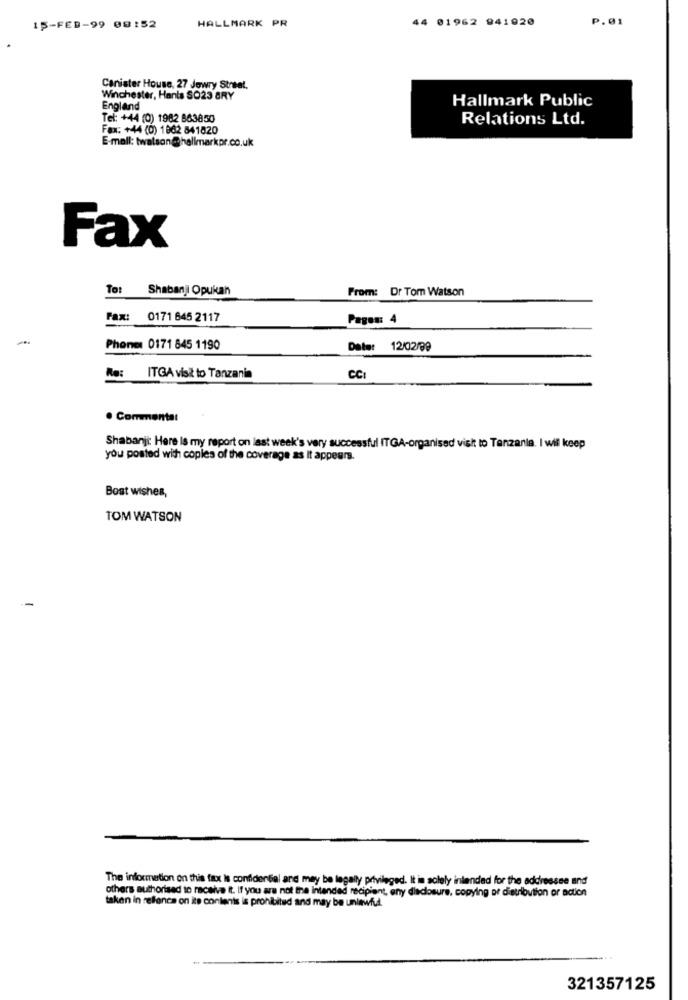
HALLMARK PR
44 01962 941920
P.01
IŞ-FEB-99 09:52
Canister House, 27 Jewry Street.
Winchester, Hants SO23 BRY
Hallmark Public
England
Tel: +44 (0) 1982 863850
Relations Ltd.
Fax: +44 (0) 1862 841820
E-mail: twatson @hallmarkpr.co.uk
Fax
To: Shabanjl Opukan
From: Dr Tom Watson
Fax:
0171 645 2117
Pages: 4
-
Phone: 0171 845 1190
Date: 12/02/99
Re: ITGA visit to Tanzania
CCI
· Commenta:
Shabanji: Here Is my report on last week's very successful ITGA-organised visit to Tanzania. I will keep
you posted with copies of the coverage as It appears.
Best wishes,
TOM WATSON
The information on this fax Is confidential and may be legally privileged. It in solely intended for the addressee and
others authorised to receive It. If you are not the Intended recipient, any disclosure, copying or distribution or action
taken in relfonce on its contents is prohibited and may be unlawful.
321357125